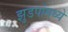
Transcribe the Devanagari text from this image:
झुडपांमध्ये